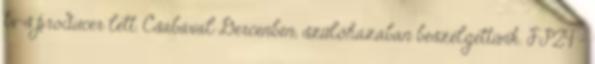
tv-s producer lett. Csabával Dercenben, szülőházában beszélgettünk. FP24 -